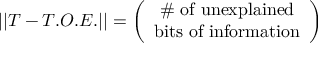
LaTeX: | | T - T . O . E . | | = \left( \begin{array} { c } { { \mathrm { \# ~ o f ~ u n e x p l a i n e d } } } \\ { { \mathrm { b i t s ~ o f ~ i n f o r m a t i o n } } } \end{array} \right)